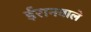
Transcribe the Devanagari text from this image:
ईरानवाले